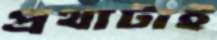
প্রথাটাই